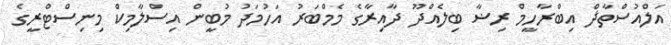
އަލްއުސްތާޛް އިބްރާހީމް ރިޟާ ބިލެއްދޫ ދާއިރާގެ މެމްބަރު އަހުމަދު މުބީން އިސްލާމިކް މިނިސްޓްރީގެ